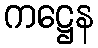
ကဋ္ဌေန